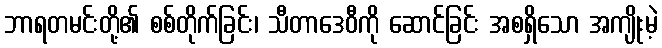
ဘာရတမင်းတို့၏ စစ်တိုက်ခြင်း၊ သီတာဒေဝီကို ဆောင်ခြင်း အစရှိသော အကျိုးမဲ့